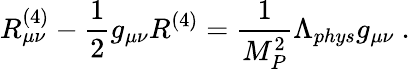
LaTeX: R_{\mu\nu}^{(4)}-\frac{1}{2}g_{\mu\nu}R^{(4)}=\frac{1}{M_{P}^{2}}\Lambda_{phys}g_{\mu\nu}~.